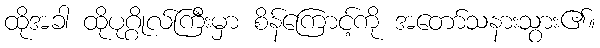
ထိုအခါ ထိုပုဂ္ဂိုလ်ကြီးမှာ စိန်ကြောင့်ကို အတော်သနားသွား၏။